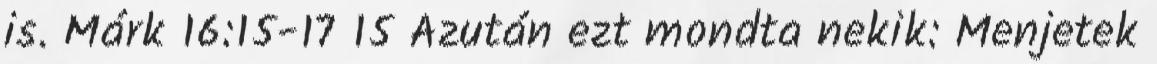
is. Márk 16:15-17 15 Azután ezt mondta nekik: Menjetek